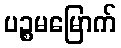
ပဉ္စမမြောက်